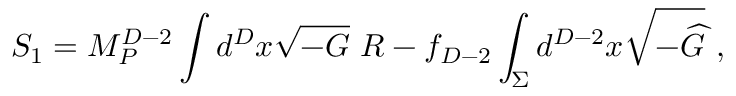
S _ { 1 } = M _ { P } ^ { D - 2 } \int d ^ { D } x \sqrt { - G } ~ R - f _ { D - 2 } \int _ { \Sigma } d ^ { D - 2 } x \sqrt { - { \widehat G } } ~ ,